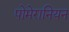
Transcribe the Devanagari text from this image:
पोमेरानियन